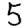
Digit: 5